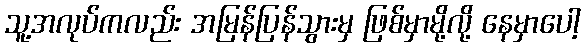
သူ့အလုပ်ကလည်း အမြန်ပြန်သွားမှ ဖြစ်မှာမို့လို့ နေမှာပေါ့